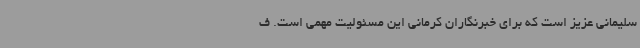
سلیمانی عزیز است که برای خبرنگاران کرمانی این مسئولیت مهمی است. ف